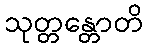
သုတ္တန္တောတိ